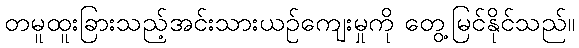
တမူထူးခြားသည့်အင်းသားယဉ်ကျေးမှုကို တွေ့မြင်နိုင်သည်။